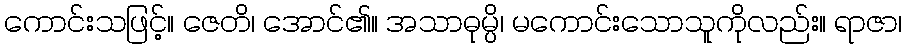
ကောင်းသဖြင့်။ ဇေတိ၊ အောင်၏။ အသာဓုမ္ပိ၊ မကောင်းသောသူကိုလည်း။ ရာဇာ၊